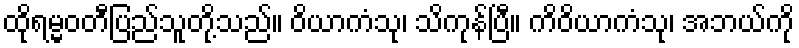
ထိုရမ္မဝတီပြည်သူတို့သည်။ ဝိယာကံသု၊ သိကုန်ပြီ။ ကိဝိယာကံသု၊ အဘယ်ကို